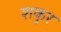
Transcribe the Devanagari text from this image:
शकुर